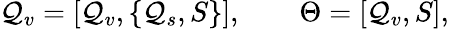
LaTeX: {\cal Q}_{v}=[{\cal Q}_{v},\{ {\cal Q}_{s},S\} ],\quad\quad\Theta=[{\cal Q}_{v},S],